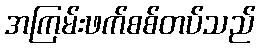
အကြမ်းဖက်စစ်တပ်သည်